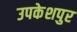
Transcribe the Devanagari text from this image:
उपकेशपुर